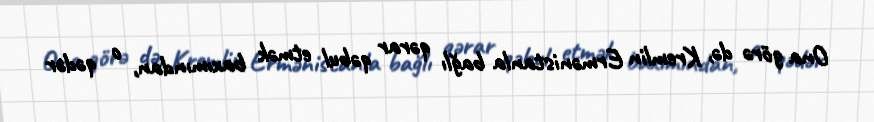
Ona görə də, Kremlin Ermənistanla bağlı qərar qəbul etmək baxımından, o qədər